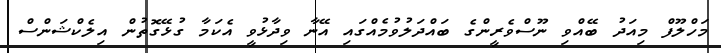
މަހްލޫފް މިއަދު ބޭއްވި ނޫސްވެރީންގެ ބައްދަލުވުމެއްގައި އޭނާ ވިދާޅުވީ އެކަމާ ގުޅޭގޮތުން އިލެކްޝަންސް